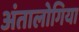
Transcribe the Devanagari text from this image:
अंतालोगिया